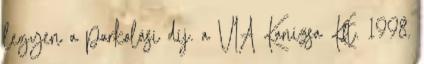
legyen a parkolási díj. a VIA Kanizsa Kft. 1998.